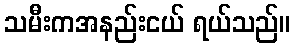
သမီးကအနည်းငယ် ရယ်သည်။